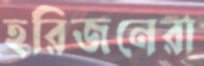
হরিজনেরা